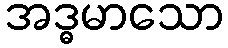
အဒ္ဓမာသော